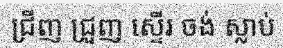
ជ្រីញ ជ្រួញ ស្ទើរ ចង់ ស្លាប់